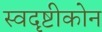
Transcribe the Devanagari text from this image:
स्वदृष्टीकोन